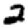
Digit: 2